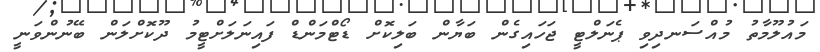
މައުލޫމާތު މުއްސަނދިވި ޕެނަލްޓީ ޖަހައިގެން ބަޔާން ބަލިކޮށް ޑޯޓްމަންޑް ފައިނަލަށްޓީމު ދޫކޮށްލަން ބޭނުންވަނީ